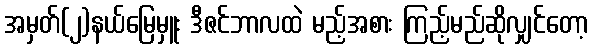
အမှတ်(၂)နယ်မြေမှူး ဒီဇင်ဘာလထဲ မည့်အစား ကြည့်မည်ဆိုလျှင်တော့